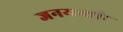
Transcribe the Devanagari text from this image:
जनयन्तीः